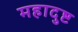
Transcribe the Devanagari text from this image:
महादुष्ट